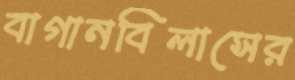
বাগানবিলাসের